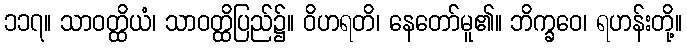
၁၁၇။ သာဝတ္ထိယံ၊ သာဝတ္ထိပြည်၌။ ဝိဟရတိ၊ နေတော်မူ၏။ ဘိက္ခဝေ၊ ရဟန်းတို့။